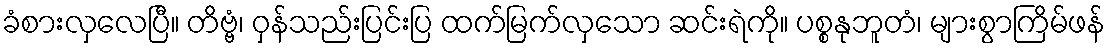
ခံစားလှလေပြီ။ တိဗ္ဗံ၊ ဝှန်သည်းပြင်းပြ ထက်မြက်လှသော ဆင်းရဲကို။ ပစ္စနုဘူတံ၊ များစွာကြိမ်ဖန်